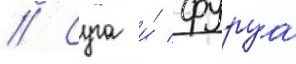
// Суга и́ фуруа